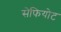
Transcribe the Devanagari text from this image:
सेफियोट